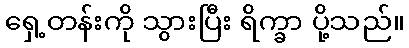
ရှေ့တန်းကို သွားပြီး ရိက္ခာ ပို့သည်။